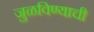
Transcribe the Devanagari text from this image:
जुळविण्याची